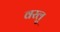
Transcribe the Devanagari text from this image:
वरलु